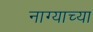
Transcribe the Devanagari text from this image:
नाग्याच्या